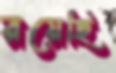
রয়েছি